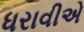
ધરાવીએ